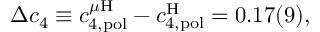
\Delta c _ { 4 } \equiv c _ { 4 , \mathrm { p o l } } ^ { \mu \mathrm { H } } - c _ { 4 , \mathrm { p o l } } ^ { \mathrm { H } } = 0 . 1 7 ( 9 ) ,